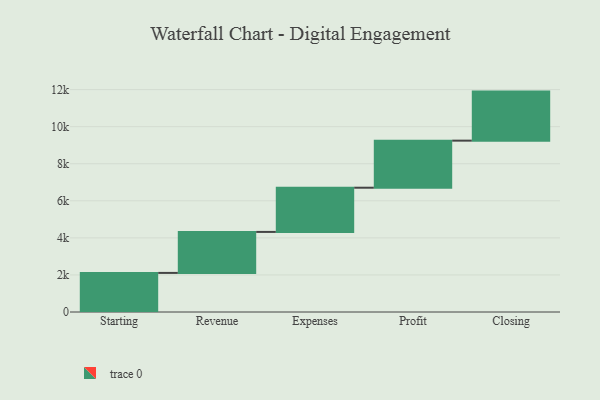
{"axis": {"x": "Step", "y": "Value"}, "legend": [""], "data": [{"x": "Starting", "y": 2109.0, "type": ""}, {"x": "Revenue", "y": 2212.0, "type": ""}, {"x": "Expenses", "y": 2385.0, "type": ""}, {"x": "Profit", "y": 2540.0, "type": ""}, {"x": "Closing", "y": 2646.0, "type": ""}]}